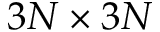
3 N \times 3 N